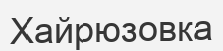
Хайрюзовка